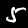
Digit: 5